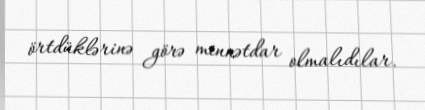
örtdüklərinə görə minnətdar olmalıdılar.